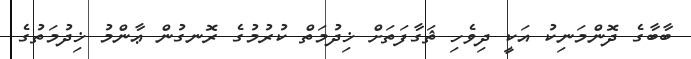
ބާބާގެ ދޮންމަނިކު އަކީ ދިވެހި ޘަގާފަތަށް ޚިދުމަތް ކުރުމުގެ ރޮނގުން ޢާންމު ޚިދުމަތުގެ